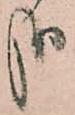
哉